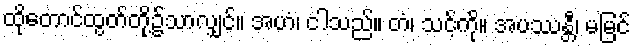
ထိုတောင်ထွတ်တို့၌သာလျှင်။ အဟံ၊ ငါသည်။ တံ၊ သင့်ကို။ အပဿန္တီ၊ မမြင်